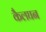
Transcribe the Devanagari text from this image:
कैलघन